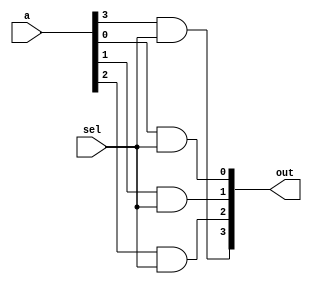
`timescale 1ns/1ps

module selc(sel, out, a);
    input sel;
    input [3:0] a;
    output [3:0] out;
    and a1(out[0], a[0], sel);
    and a2(out[1], a[1], sel);
    and a3(out[2], a[2], sel);
    and a4(out[3], a[3], sel);
endmodule

module Dmux_1x2_4bit(in, a, b, sel);
input [4-1:0] in;
input sel;
output [4-1:0] a, b;
wire nsel;

not n1(nsel, sel);
selc s1(nsel, a, in);
selc s2(sel, b, in);
    
endmodule

module Mux_2x1_4bit(a, b, sel, f);
input [4-1:0] a, b;
input sel;
output [4-1:0] f;
wire nsel;
wire [3:0] t1, t2;

not n1(nsel, sel);
selc s1(nsel, t1, a);
selc s2(sel, t2, b);

or o1(f[0], t1[0], t2[0]);
or o2(f[1], t1[1], t2[1]);
or o3(f[2], t1[2], t2[2]);
or o4(f[3], t1[3], t2[3]);

endmodule

module Crossbar_2x2_4bit(in1, in2, control, out1, out2);
input [4-1:0] in1, in2;
input control;
output [4-1:0] out1, out2;
wire ncont;
wire [3:0] a, b, c, d;

not n1(ncont, control);
Dmux_1x2_4bit d1(in1, a, b, control);
Dmux_1x2_4bit d2(in2, c, d, ncont);
Mux_2x1_4bit m1(a, c, control, out1);
Mux_2x1_4bit m2(b, d, ncont, out2);

endmodule